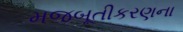
મજબૂતીકરણના